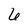
Character: 6